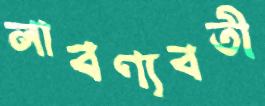
লাবণ্যবতী